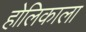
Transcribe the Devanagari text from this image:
होलिकाला